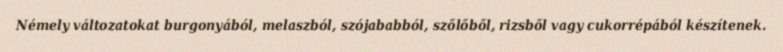
Némely változatokat burgonyából, melaszból, szójababból, szőlőből, rizsből vagy cukorrépából készítenek.